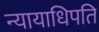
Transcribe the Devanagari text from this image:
न्यायाधिपति